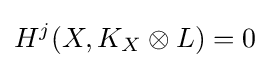
H^{j}(X,K_{X}\otimes L)=0